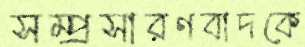
সম্প্রসারণবাদকে